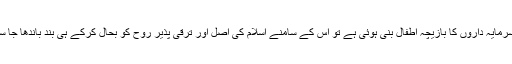
آج دنیا سرمایہ داروں کا بازیچہ اطفال بنی ہوئی ہے تو اس کے سامنے اسلام کی اصل اور ترقی پذیر روح کو بحال کرکے ہی بند باندھا جا سکتا ہے۔